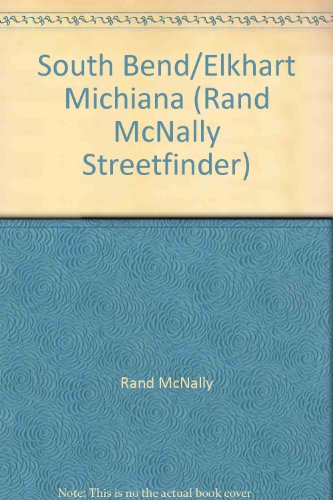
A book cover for South Bend/Elkhart Michiana (Rand McNally Streetfinder); Rand McNally; Travel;